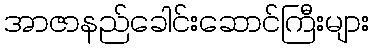
အာဇာနည်ခေါင်းဆောင်ကြီးများ